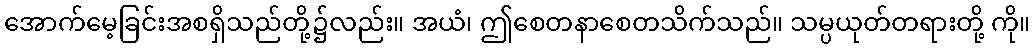
အောက်မေ့ခြင်းအစရှိသည်တို့၌လည်း။ အယံ၊ ဤစေတနာစေတသိက်သည်။ သမ္ပယုတ်တရားတို့ ကို။